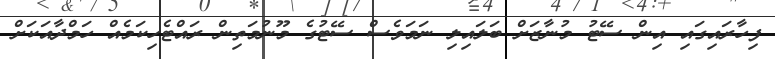
ފިހާރައިގައި އިން ސޭޓު މުނާޒަށް ބަލައިލި ނަމަވެސް ސޭޓުގެ މޫނުމަތިން ރައްޓެހިކަމެއް ހަމްދާއަކަށް